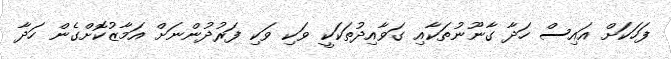
ފަހަކަށް އައިސް ހަދާ ގާނޫނުތަކާއި ގަވާއިދުތަކަކީ ވަކި ވަކި ފަރުދުންނަށް އަމާޒުކޮށްގެން ހަދާ